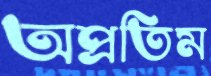
অপ্রতিম